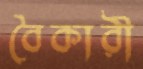
বৈকারী